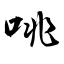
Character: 咷